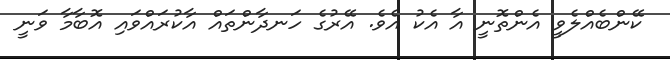
ކޭންބެއްލެވީ އެންތޮނީ އާ އެކު އެވެ. އޭރުގެ ހަނދާންތައް އާކުރައްވައި އޮބާމާ ވަނީ